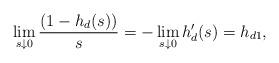
LaTeX: \begin{align*} \lim_{s\downarrow 0} \frac{(1-h_d(s))}{s} = -\lim_{s\downarrow 0} h'_d(s) = h_{d1},\end{align*}